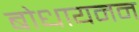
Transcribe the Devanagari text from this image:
बोधायनन